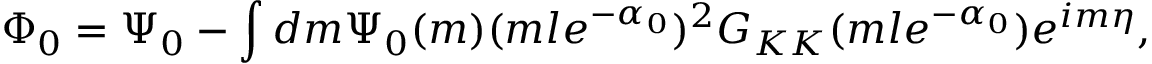
\Phi _ { 0 } = \Psi _ { 0 } - \int d m \Psi _ { 0 } ( m ) ( m l e ^ { - \alpha _ { 0 } } ) ^ { 2 } G _ { K K } ( m l e ^ { - \alpha _ { 0 } } ) e ^ { i m \eta } ,